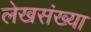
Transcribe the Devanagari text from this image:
लेखसंख्या